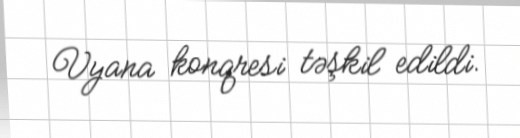
Vyana konqresi təşkil edildi.